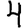
Digit: 4